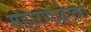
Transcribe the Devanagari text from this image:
महाराष्ट्रद्वेष्ट्या